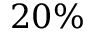
2 0 \%